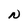
Character: N